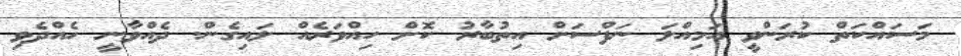
މަސައްކަތް ކުރަންވީ އަމިއްލަ ނަފްސަށް އިތުބާރު ކޮށް ހިއްވަރެއް ލައިގެން. ދެއްވާނީ ހެއްދެވި